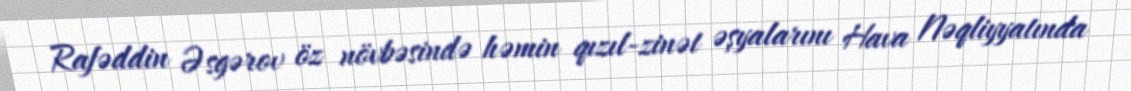
Rafəddin Əsgərov öz növbəsində həmin qızıl-zinət əşyalarını Hava Nəqliyyatında